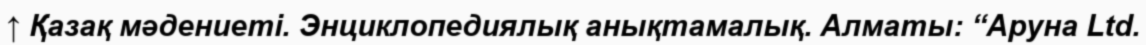
↑ Қазақ мәдениеті. Энциклопедиялық анықтамалық. Алматы: “Аруна Ltd.